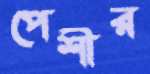
পেশীর